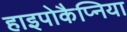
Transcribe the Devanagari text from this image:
हाइपोकैप्निया